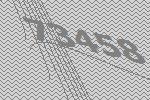
73458